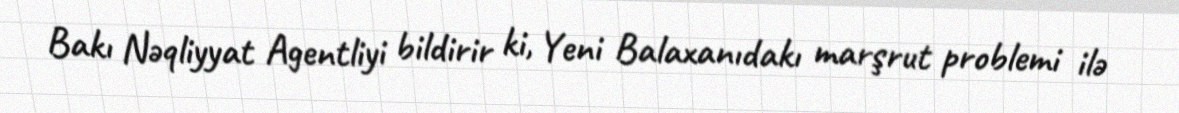
Bakı Nəqliyyat Agentliyi bildirir ki, Yeni Balaxanıdakı marşrut problemi ilə